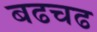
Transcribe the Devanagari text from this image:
बढचढ